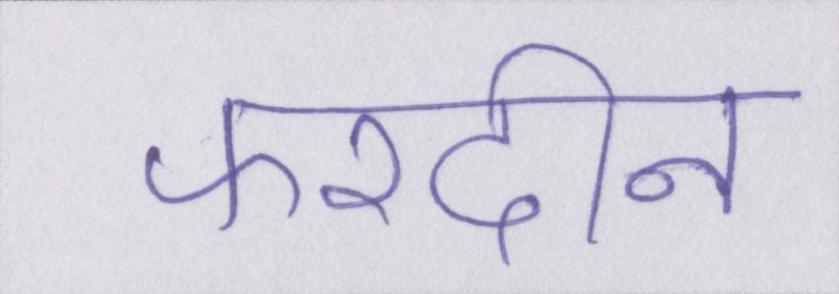
फरदीन